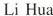
LiHua